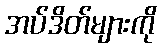
အပ်ဒိတ်များကို